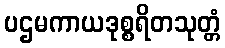
ပဌမကာယဒုစ္စရိတသုတ္တံ